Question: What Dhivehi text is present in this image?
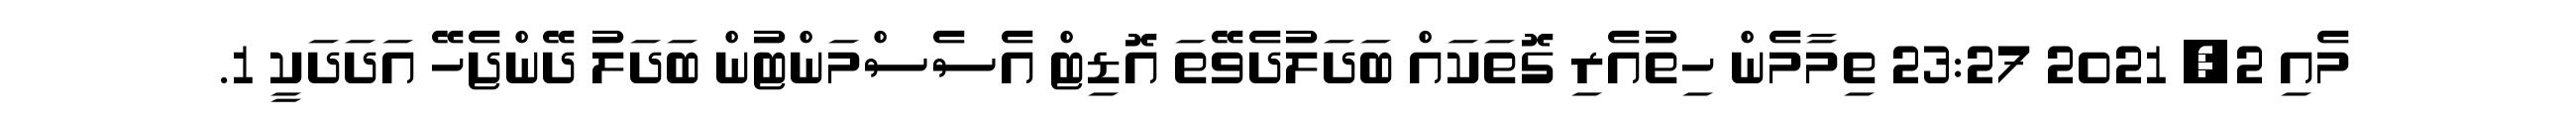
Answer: މެއި 2, 2021 23:27 ތިމާމެން ހިތުއެރި ގޮތަކައް ބަދަލުދެވޭތަ އޮޑިޓް އެސެސްމަންޓުން ބަދަލު ދޭންޖެހޭ އަދަދަކީ 1.